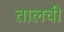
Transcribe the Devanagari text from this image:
तालची